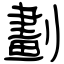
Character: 劃